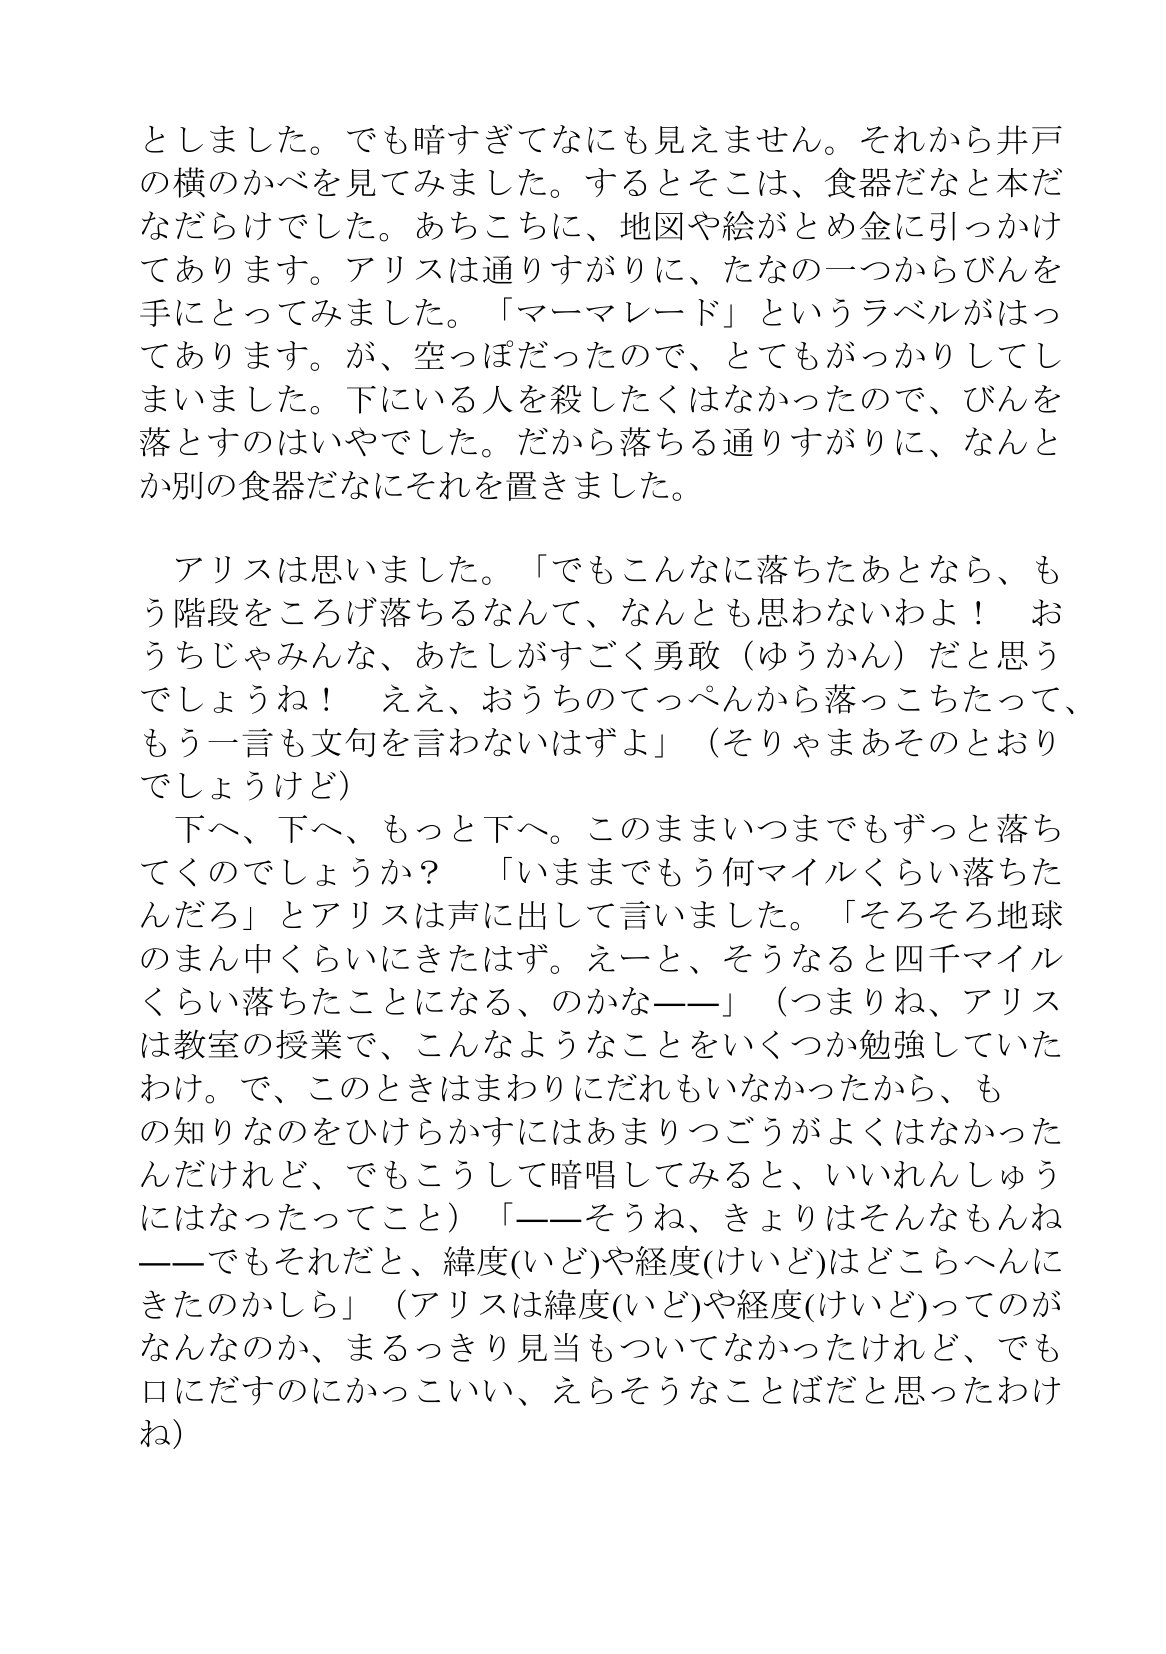
Language: ja